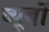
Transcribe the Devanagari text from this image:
ब्यूबों